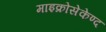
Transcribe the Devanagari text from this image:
माइक्रोसेकेण्द